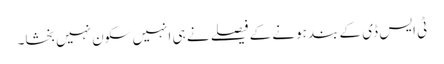
ٹی ایس ڈی کے بند ہونے کے فیصلے نے ہی انہیں سکون نہیں بخشا۔